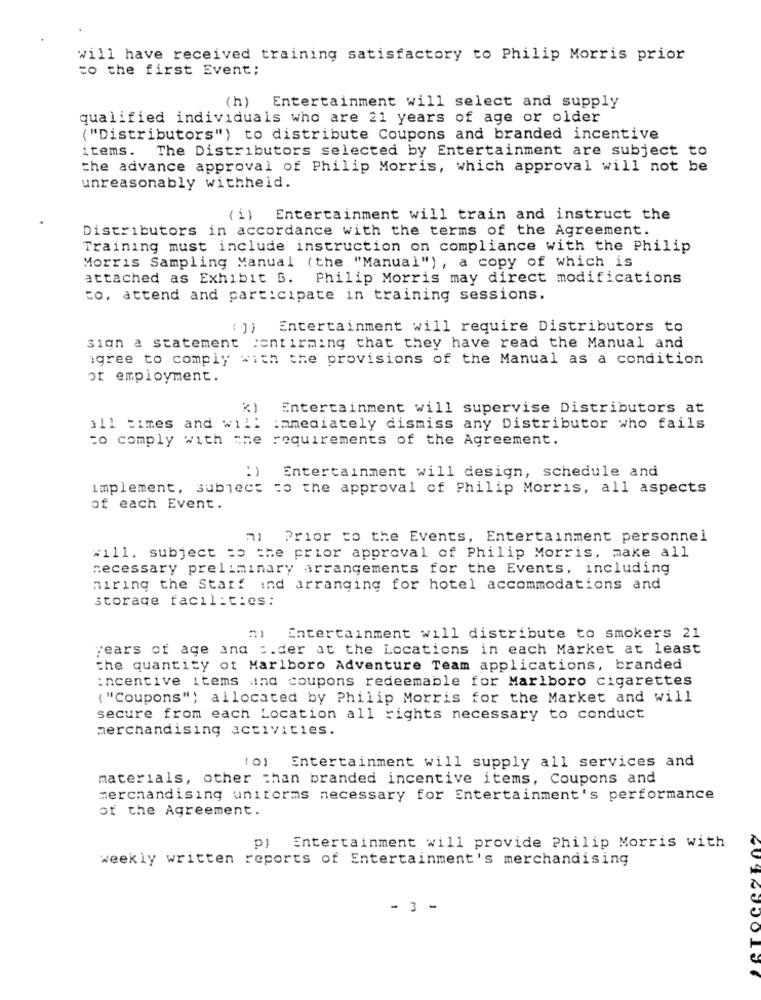
will have received training satisfactory to Philip Morris prior
to the first Event;
(h) Entertainment will select and supply
qualified individuals who are 21 years of age or older
("Distributors") to distribute Coupons and branded incentive
items. The Distributors selected by Entertainment are subject to
the advance approval of Philip Morris, which approval will not be
unreasonably withheld.
(i) Entertainment will train and instruct the
Distributors in accordance with the terms of the Agreement.
Training must include instruction on compliance with the Philip
Morris Sampling Manual (the "Manual"), a copy of which is
attached as Exhibit B. Philip Morris may direct modifications
to, attend and participate in training sessions.
Entertainment will require Distributors to
sign a statement sentirming that they have read the Manual and
igree to comply with the provisions of the Manual as a condition
or employment.
Entertainment will supervise Distributors at
all times and will immediately dismiss any Distributor who fails
to comply with the requirements of the Agreement.
:) Entertainment will design, schedule and
implement, subject to the approval of Philip Morris, all aspects
of each Event.
al Prior to the Events, Entertainment personnel
will. subject to the prior approval of Philip Morris, make all
necessary preliminary arrangements for the Events, including
hiring the Staff ind arranging for hotel accommodations and
storage facilities:
Entertainment will distribute to smokers 21
years of age and :. der at the Locations in each Market at least
the quantity ot Marlboro Adventure Team applications, branded
incentive items and coupons redeemable for Marlboro cigarettes
( "Coupons") allocated by Philip Morris for the Market and will
secure from each Location all rights necessary to conduct
merchandising activities.
fo) Entertainment will supply all services and
materials, other than branded incentive items, Coupons and
merchandising uniforms necessary for Entertainment's performance
of the Agreement.
pj Entertainment will provide Philip Morris with
weekly written reports of Entertainment's merchandising
-3 -